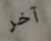
آخر